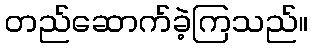
တည်ဆောက်ခဲ့ကြသည်။